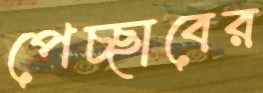
পেচ্ছাবের